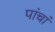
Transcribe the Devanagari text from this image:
पांचां